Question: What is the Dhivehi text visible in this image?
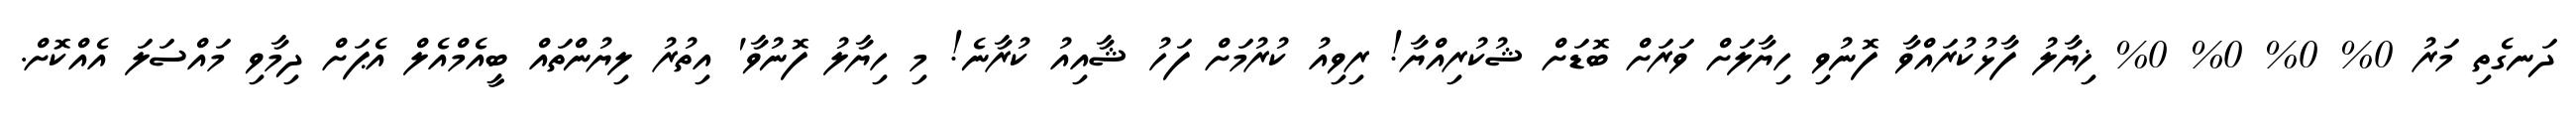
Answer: ދަނގެތި މަރު 0% 0% 0% 0% ޚިޔާލު ފާޅުކުރައްވާ ފޮނުވި ހިޔާލަށް ވަރަށް ބޮޑަށް ޝުކުރިއްޔާ! ރިވިއު ކުރުމަށް ފަހު ޝާއިއު ކުރާނެ! މި ހިޔާލު ފޮނުވާ' އިތުރު ލިޔުންތައް ބީއެމްއެލް އެޕަށް ދިމާވި މައްސަލަ އެއްކޮށް.